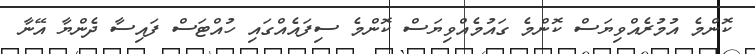
ކޮންމެ އުމުރެއްވިޔަސް ކޮންމެ ގައުމެއްވިޔަސް ކޮންމެ ސިފައެއްގައި ހުއްޓަސް ފައިސާ ދެންޔާ އޭނާ